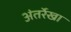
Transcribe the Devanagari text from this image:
अंतर्रेखा